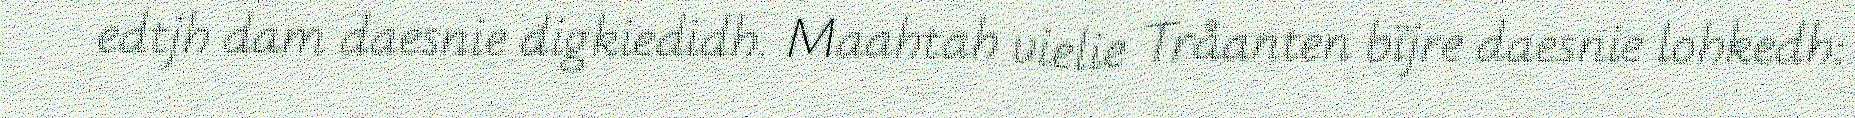
edtjh dam daesnie digkiedidh. Maahtah vielie Tråanten bïjre daesnie lohkedh: